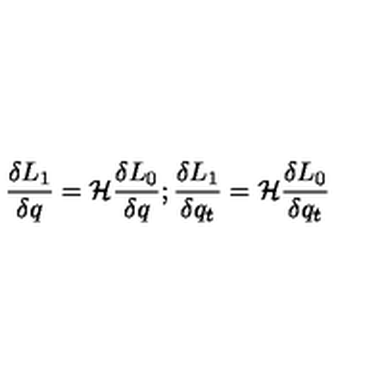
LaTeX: { \frac { \delta L _ { 1 } } { \delta q } } = { \cal H } { \frac { \delta L _ { 0 } } { \delta q } } ; { \frac { \delta L _ { 1 } } { \delta q _ { t } } } = { \cal H } { \frac { \delta L _ { 0 } } { \delta q _ { t } } } \nonumber